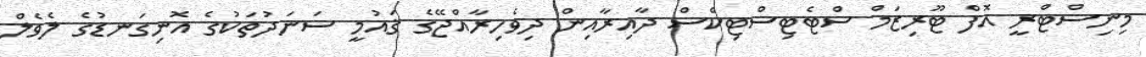
މިނިސްޓްރީ އޮފް ޓޫރިޒަމް ސްޓެޓިސްޓިކްސް ދާއިރާއިން ދިވެހިރާއްޖޭގެ ޤައުމީ ސަނަދުތަކުގެ އޮނިގަނޑުގެ ލެވެލް